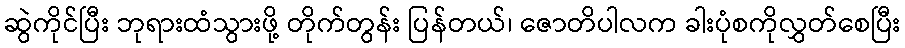
ဆွဲကိုင်ပြီး ဘုရားထံသွားဖို့ တိုက်တွန်း ပြန်တယ်၊ ဇောတိပါလက ခါးပုံစကိုလွှတ်စေပြီး